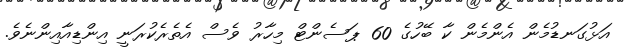
އަޅުގަނޑުމެން އެންމެން ކާ ބޭހުގެ 60 ޕަސެންޓް މިހާރު ވެސް އެތެރެކުރަނީ އިންޑިއާއިންނެވެ.